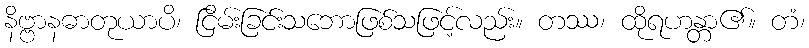
နိဗ္ဗာနဓာတုယာပိ၊ ငြိမ်းခြင်းသဘောဖြစ်သဖြင့်လည်း။ တဿ၊ ထိုရဟန္တာ၏။ တံ၊